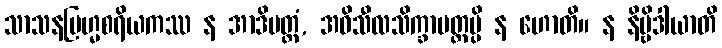
သာသနဗြဟ္မစရိယကဿ န အာဒိမတ္တံ, အဓိသီလသိက္ခာမတ္တမ္ပိ န ဟောတိ။ န နိဗ္ဗိဒါယာတိ